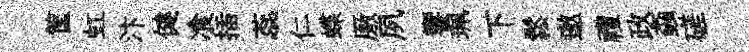
筐虹汴健飡插蕊仁蝶厫夙響珮下鬆邀禮政螙磋